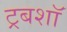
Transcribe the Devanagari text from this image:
ट्रबशॉ